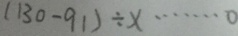
( 1 3 0 - 9 1 ) \div x \cdots o